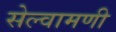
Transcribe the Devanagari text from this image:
सेल्वामणी